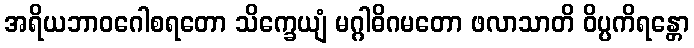
အရိယဘာဝဂေါစရတော သိက္ခေယျံ မဂ္ဂါဓိဂမတော ဖလာသာတိ ဝိပ္ပကိရန္တော